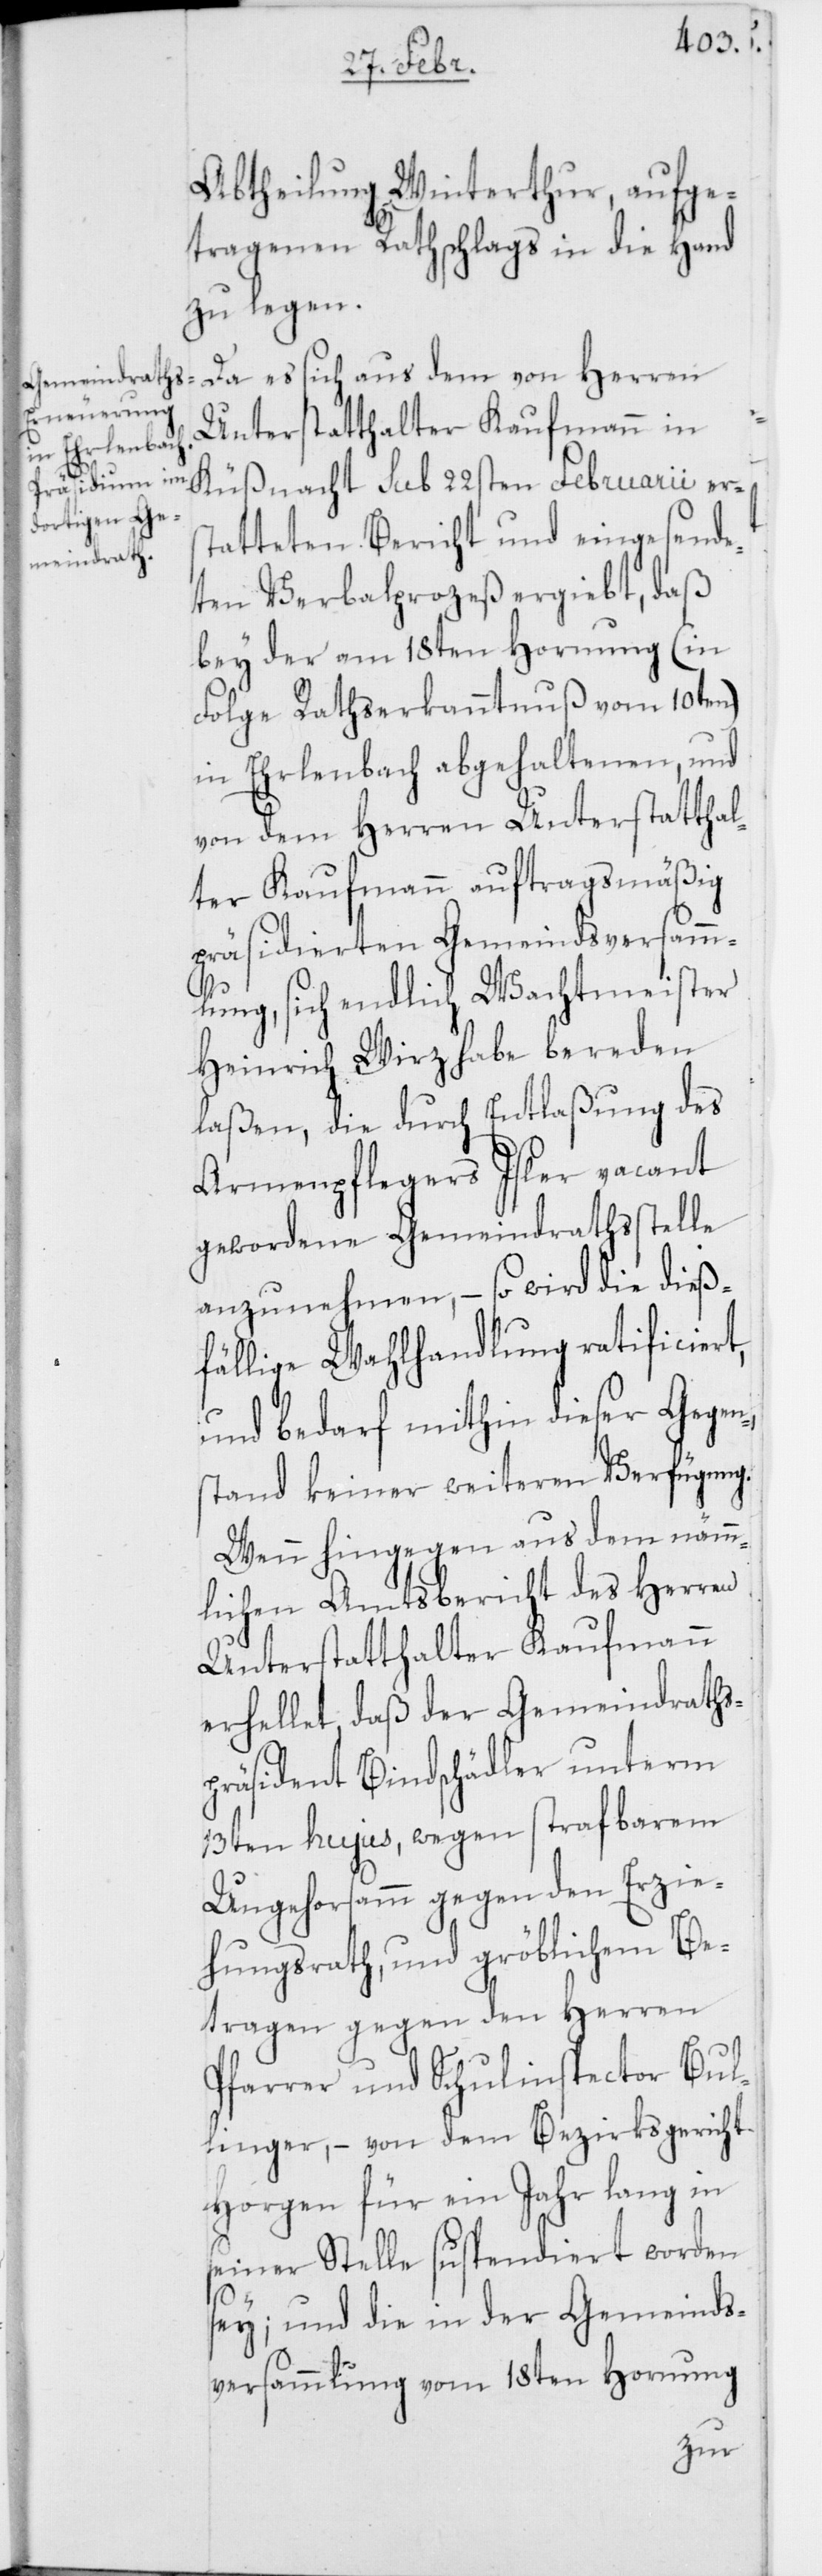
Abtheilung Winterthur, aufge¬
tragenen Rathschlags in die Hand
zu legen.
Da es sich aus dem von Herren
Unterstatthalter Kaufmann in
Küßnacht sub 22sten Februarii ers¬
tatteten Bericht und eingesand¬
ten Verbalprozeß ergiebt, daß
bey der am 18ten Hornung (in
Folge Rathserkanntnuß vom 10ten)
in Erlenbach abgehaltenen, und
von dem Herren Unterstatthal¬
ter Kaufmann auftragsmäßig
präsidierten Gemeindsversamm¬
lung, sich endlich Wachtmeister
Heinrich Wirz habe bereden
laßen, die durch Entlaßung des
Armenpflegers Isler vacant
gewordene Gemeindrathsstelle
anzunehmen, – so wird die dieß¬
fällige Wahlhandlung ratificiert,
und bedarf mithin dieser Gegen¬
stand keiner weiteren Verfügung.
Wenn hingegen aus dem nämm¬
lichen Amtsbericht des Herren
Unterstatthalter Kaufmann
erhellet, daß der Gemeindrath¬
räsident Bindschädler unterm
13ten hujus, wegen strafbarem
Ungehorsamm gegen den Erzie¬
hungsrath, und gröblichem Be¬
tragen gegen den Herren
Pfarrer und Schulinspector Bul¬
linger, – von dem Bezirksgericht
Horgen für ein Jahr lang in
seiner Stelle suspendiert worden
s-P¬
sey; und die in der Gemeinds¬
versammlung vom 18ten Hornung